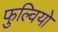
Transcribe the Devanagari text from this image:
फुल्वियो